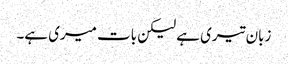
زبان تیری ہے لیکن بات میری ہے۔